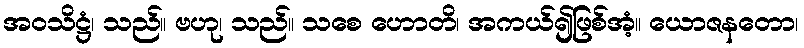
အဝသိဋ္ဌံ၊ သည်။ ဗဟု၊ သည်။ သစေ ဟောတိ၊ အကယ်၍ဖြစ်အံ့။ ယောဇနတော၊